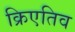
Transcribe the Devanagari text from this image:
क्रिएतिव